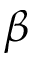
\beta